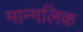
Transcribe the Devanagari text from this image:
मान्गलिक